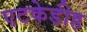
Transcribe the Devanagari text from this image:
एटकेडीह